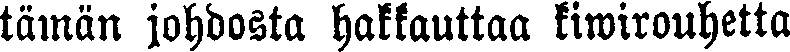
tämän johdosta hakkauttaa kiwirouhetta